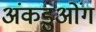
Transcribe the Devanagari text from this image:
अंकडुओंग